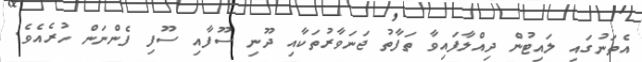
އެތަނުގައި ލައިޓުން ދިއްލާފައިވާ ތަފާތު ޖަނަވާރުތަކާއި ދޫނި ސޫފާއި ސޫފި ފެންނަން ހުރެއެވެ.